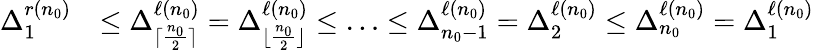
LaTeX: \begin{array}{rl}{\Delta_{1}^{r(n_{0})}}&{\leq\Delta_{\lceil\frac{n_{0}}{2}\rceil}^{\ell(n_{0})}=\Delta_{\lfloor\frac{n_{0}}{2}\rfloor}^{\ell(n_{0})}\leq\ldots\leq\Delta_{n_{0}-1}^{\ell(n_{0})}=\Delta_{2}^{\ell(n_{0})}\leq\Delta_{n_{0}}^{\ell(n_{0})}=\Delta_{1}^{\ell(n_{0})}}\end{array}